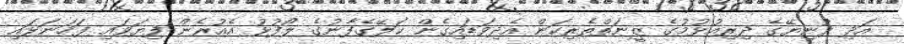
އަދި ދުނިޔޭގެ ދިރިއުޅުމުގެ ޒީނަތްތެރިކަން އެދިވަޑައިގެން ކަލޭގެފާނުގެ ލޯފުޅު އެއުރެން ފިޔަވައި ފަހަނަޅައި